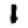
Digit: 1